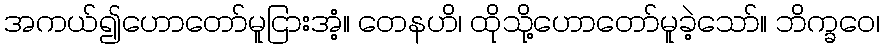
အကယ်၍ဟောတော်မူငြားအံ့။ တေနဟိ၊ ထိုသို့ဟောတော်မူခဲ့သော်။ ဘိက္ခဝေ၊